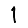
Digit: 1